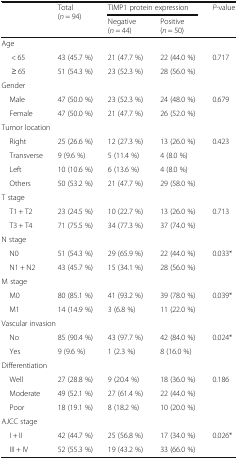
<table><thead><tr><td rowspan="2"></td><td rowspan="2"><b>Total(<i>n</i> = 94)</b></td><td colspan="2"><b>TIMP1 protein expression</b></td><td rowspan="2"><b><i>P</i>-value</b></td></tr><tr><td><b>Negative(<i>n</i> = 44)</b></td><td><b>Positive(<i>n</i> = 50)</b></td></tr></thead><tbody><tr><td colspan="5">Age</td></tr><tr><td>&lt; 65</td><td>43 (45.7 %)</td><td>21 (47.7 %)</td><td>22 (44.0 %)</td><td>0.717</td></tr><tr><td>≥ 65</td><td>51 (54.3 %)</td><td>23 (52.3 %)</td><td>28 (56.0 %)</td><td></td></tr><tr><td colspan="5">Gender</td></tr><tr><td> Male</td><td>47 (50.0 %)</td><td>23 (52.3 %)</td><td>24 (48.0 %)</td><td>0.679</td></tr><tr><td> Female</td><td>47 (50.0 %)</td><td>21 (47.7 %)</td><td>26 (52.0 %)</td><td></td></tr><tr><td colspan="5">Tumor location</td></tr><tr><td> Right</td><td>25 (26.6 %)</td><td>12 (27.3 %)</td><td>13 (26.0 %)</td><td>0.423</td></tr><tr><td> Transverse</td><td>9 (9.6 %)</td><td>5 (11.4 %)</td><td>4 (8.0 %)</td><td></td></tr><tr><td> Left</td><td>10 (10.6 %)</td><td>6 (13.6 %)</td><td>4 (8.0 %)</td><td></td></tr><tr><td> Others</td><td>50 (53.2 %)</td><td>21 (47.7 %)</td><td>29 (58.0 %)</td><td></td></tr><tr><td colspan="5">T stage</td></tr><tr><td> T1 + T2</td><td>23 (24.5 %)</td><td>10 (22.7 %)</td><td>13 (26.0 %)</td><td>0.713</td></tr><tr><td> T3 + T4</td><td>71 (75.5 %)</td><td>34 (77.3 %)</td><td>37 (74.0 %)</td><td></td></tr><tr><td colspan="5">N stage</td></tr><tr><td> N0</td><td>51 (54.3 %)</td><td>29 (65.9 %)</td><td>22 (44.0 %)</td><td>0.033*</td></tr><tr><td> N1 + N2</td><td>43 (45.7 %)</td><td>15 (34.1 %)</td><td>28 (56.0 %)</td><td></td></tr><tr><td colspan="5">M stage</td></tr><tr><td> M0</td><td>80 (85.1 %)</td><td>41 (93.2 %)</td><td>39 (78.0 %)</td><td>0.039*</td></tr><tr><td> M1</td><td>14 (14.9 %)</td><td>3 (6.8 %)</td><td>11 (22.0 %)</td><td></td></tr><tr><td colspan="5">Vascular invasion</td></tr><tr><td> No</td><td>85 (90.4 %)</td><td>43 (97.7 %)</td><td>42 (84.0 %)</td><td>0.024*</td></tr><tr><td> Yes</td><td>9 (9.6 %)</td><td>1 (2.3 %)</td><td>8 (16.0 %)</td><td></td></tr><tr><td colspan="5">Differentiation</td></tr><tr><td> Well</td><td>27 (28.8 %)</td><td>9 (20.4 %)</td><td>18 (36.0 %)</td><td>0.186</td></tr><tr><td> Moderate</td><td>49 (52.1 %)</td><td>27 (61.4 %)</td><td>22 (44.0 %)</td><td></td></tr><tr><td> Poor</td><td>18 (19.1 %)</td><td>8 (18.2 %)</td><td>10 (20.0 %)</td><td></td></tr><tr><td colspan="5">AJCC stage</td></tr><tr><td> I + II</td><td>42 (44.7 %)</td><td>25 (56.8 %)</td><td>17 (34.0 %)</td><td>0.026*</td></tr><tr><td> III + IV</td><td>52 (55.3 %)</td><td>19 (43.2 %)</td><td>33 (66.0 %)</td><td></td></tr></tbody></table>